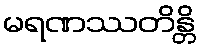
မရဏဿတိန္တိ